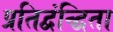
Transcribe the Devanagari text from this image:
प्रतिद्वंन्द्विता